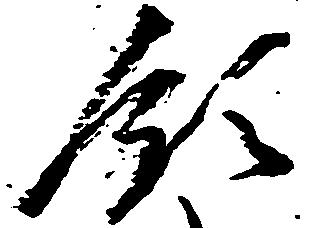
領